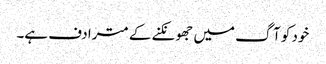
خود کو آگ میں جھونکنے کے مترادف ہے۔